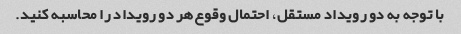
با توجه به دو رویداد مستقل، احتمال وقوع هر دو رویداد را محاسبه کنید.